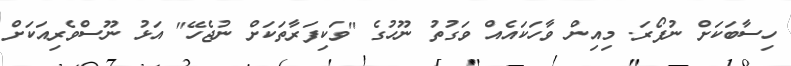
ހިސާބަކަށް ނުފޯރަ. މިއިން ވާހަކައެއް ވަގުތު ނޫހުގެ "ވަކިފަރާތަކަށް ނުޖެހޭ" އަޅު ނޫސްވެރިއަކަށް